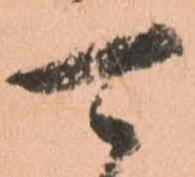
可